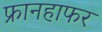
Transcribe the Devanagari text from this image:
फ्रानहाफर